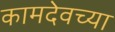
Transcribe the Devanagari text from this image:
कामदेवच्या